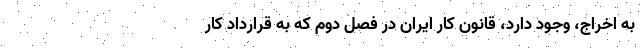
به اخراج، وجود دارد، قانون کار ایران در فصل دوم که به قرارداد کار